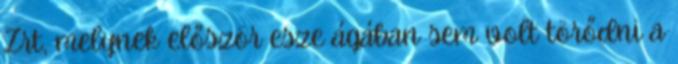
Zrt, melynek először esze ágában sem volt törődni a